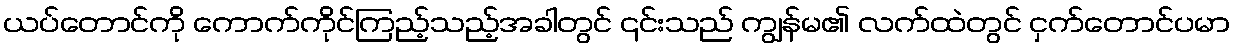
ယပ်တောင်ကို ကောက်ကိုင်ကြည့်သည့်အခါတွင် ၎င်းသည် ကျွန်မ၏ လက်ထဲတွင် ငှက်တောင်ပမာ